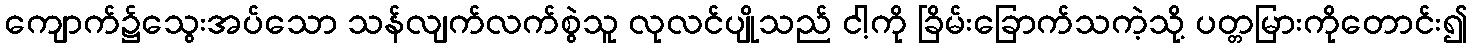
ကျောက်၌သွေးအပ်သော သန်လျက်လက်စွဲသူ လုလင်ပျိုသည် ငါ့ကို ခြိမ်းခြောက်သကဲ့သို့ ပတ္တမြားကိုတောင်း၍